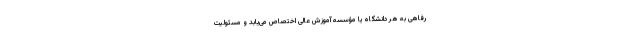
رفاهی به هر دانشگاه یا مؤسسه آموزش عالی اختصاص می‌یابد و مسئولیت